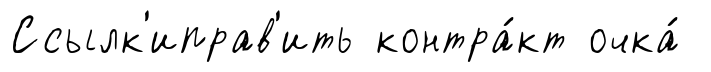
Ссылк'иправ'ить контра́кт очка́